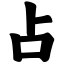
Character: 占